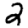
Digit: 2